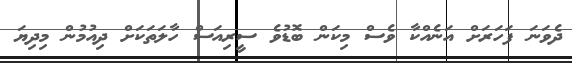
ދެވަނަ ފަހަރަށް އަނެއްކާ ވެސް މިކަން ބޮޑުވެ ސީރިއަސް ހާލަތަކަށް ދިއުމުން މިދިޔަ